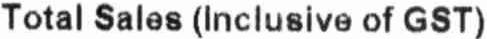
TOTAL SALES (INCLUSIVE OF GST)